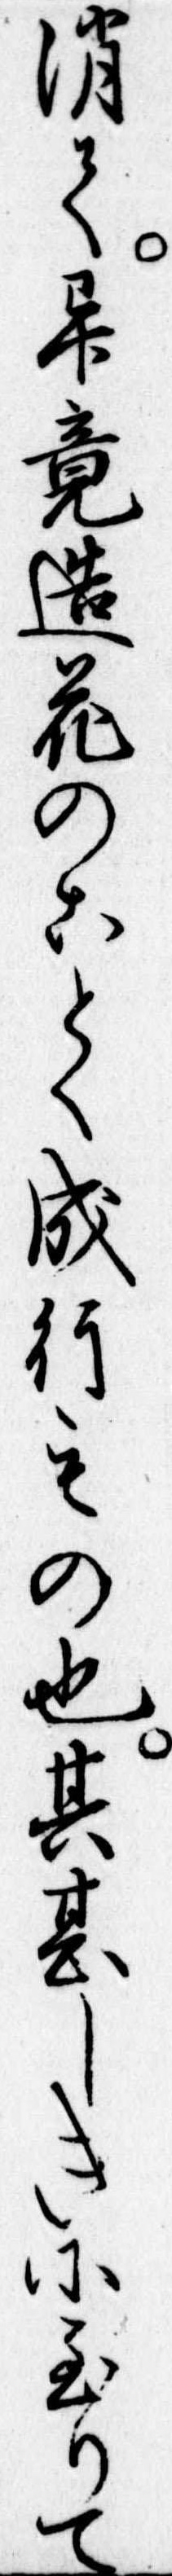
消て畢竟造花のことく成行もの也其甚しきに至りて